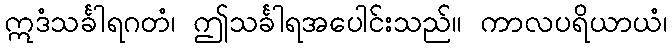
ဣဒံသင်္ခါရဂတံ၊ ဤသင်္ခါရအပေါင်းသည်။ ကာလပရိယာယံ၊